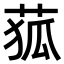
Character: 𦱄